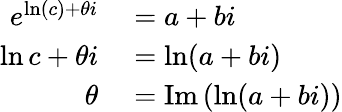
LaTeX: \begin{array}{rl}{e^{\ln(c)+\theta i}}&{{}=a+bi}\\ {\ln c+\theta i}&{{}=\ln(a+bi)}\\ {\theta}&{{}=\operatorname{Im}\left(\ln(a+bi)\right)}\end{array}